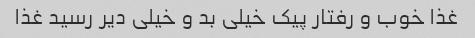
غذا خوب و رفتار پیک خیلی بد و خیلی دیر رسید غذا